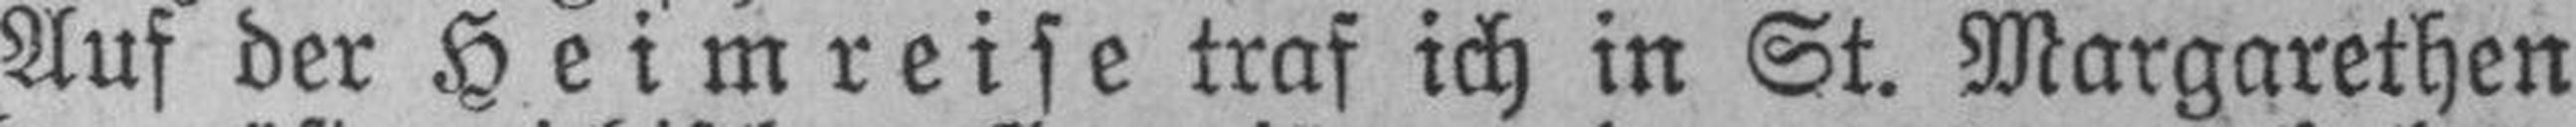
Auf der Heimreise traf ich in St. Margarethen